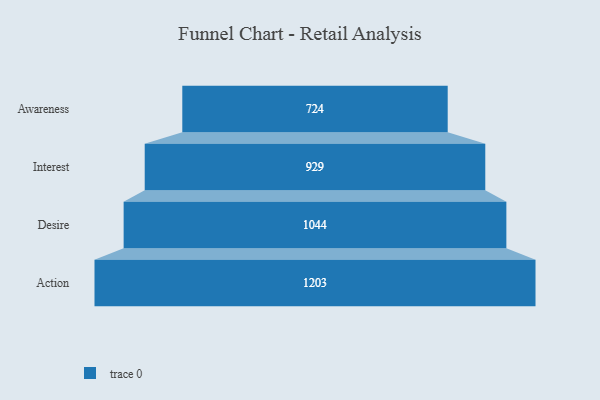
{"axis": {"x": "Stage", "y": "Value"}, "legend": [""], "data": [{"x": "Awareness", "y": 724.0, "type": ""}, {"x": "Interest", "y": 929.0, "type": ""}, {"x": "Desire", "y": 1044.0, "type": ""}, {"x": "Action", "y": 1203.0, "type": ""}]}